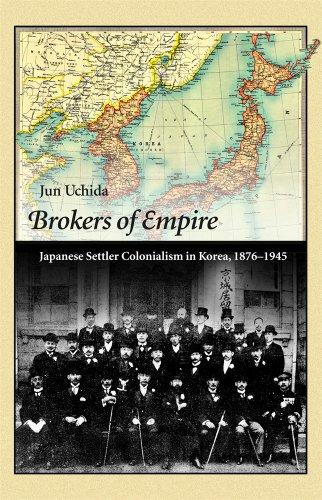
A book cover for Brokers of Empire: Japanese Settler Colonialism in Korea, 1876-1945 (Harvard East Asian Monographs); Jun Uchida; Business & Money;